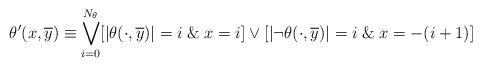
LaTeX: \begin{align*}\theta^{\prime}(x,\overline{y})\equiv \bigvee_{i=0}^{N_{\theta}} [\left| \theta(\cdot, \overline{y})\right| = i \; \& \; x=i] \vee [\left| \neg\theta(\cdot, \overline{y})\right| = i \; \& \; x=-(i+1)]\end{align*}